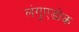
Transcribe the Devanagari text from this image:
लंगुएडोक